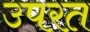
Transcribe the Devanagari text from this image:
उपरत